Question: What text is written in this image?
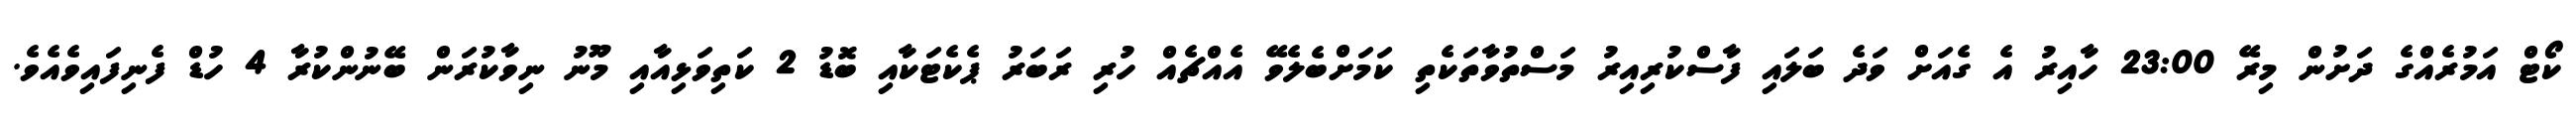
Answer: ކޯޓް އަމުރެއްގެ ދަށުން މިރޭ 23:00 ހާއިރު އެ ގެއަށް ވަދެ ބަލައި ފާސްކުރިއިރު މަސްތުވާތަކެތި ކަމަށްބެލެވޭ އެއްޗެއް ހުރި ރަބަރު ޕެކެޓަކާއި ބޮޑު 2 ކަތިވަޅިއާއި މޫނު ނިވާކުރަން ބޭނުންކުރާ 4 ހުޑް ފެނިފައިވެއެވެ.